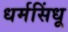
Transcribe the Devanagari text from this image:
धर्मसिंधू